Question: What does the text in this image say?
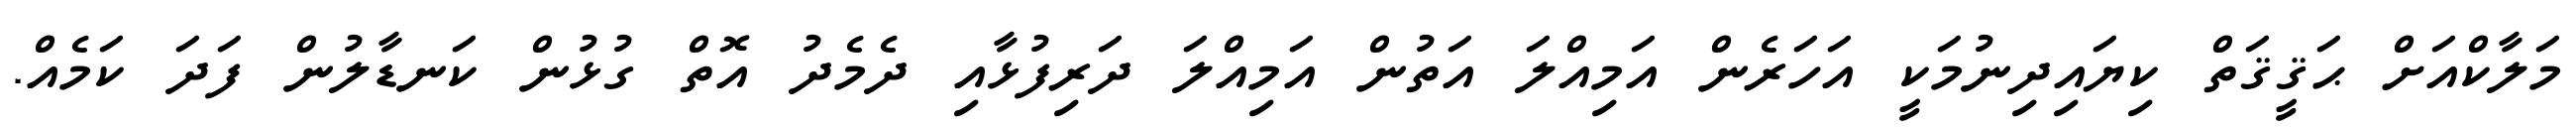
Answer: މަލާކްއަށް ޙަޤީޤަތް ކިޔައިދިނުމަކީ އަހަރެން އަމިއްލަ އަތުން އަމިއްލަ ދަރިފުޅާއި ދެމެދު އޮތް ގުޅުން ކަނޑާލުން ފަދަ ކަމެއް.